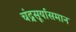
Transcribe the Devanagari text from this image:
चंद्रसूर्यासमान